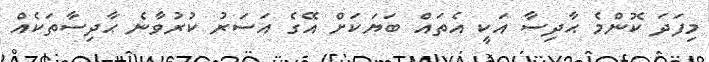
މިފަދަ ކޮންމެ ޙާދިސާ އަކީ އެތައް ބަޔަކަށް އޭގެ އަސަރު ކުރުވާނެ ޙާދިސާތަކެއް